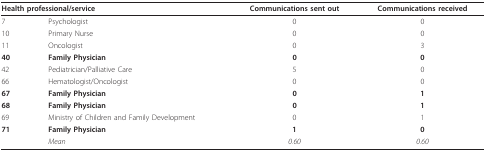
| <COLSPAN=2> Health professional/service | Communications sent out | Communications received |
 | --- | --- | --- | --- |
 | 7 | Psychologist | 0 | 0 |
 | 10 | Primary Nurse | 0 | 0 |
 | 11 | Oncologist | 0 | 3 |
 | 40 | Family Physician | 0 | 0 |
 | 42 | Pediatrician/Palliative Care | 5 | 0 |
 | 66 | Hematologist/Oncologist | 0 | 0 |
 | 67 | Family Physician | 0 | 1 |
 | 68 | Family Physician | 0 | 1 |
 | 69 | Ministry of Children and Family Development | 0 | 1 |
 | 71 | Family Physician | 1 | 0 |
 |  | Mean | 0.60 | 0.60 |